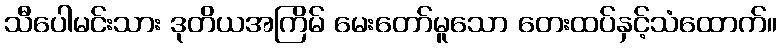
သီပေါမင်းသား ဒုတိယအကြိမ် မေးတော်မူသော တေးထပ်နှင့်သံထောက်။